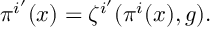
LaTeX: \pi ^ { i ^ { \prime } } ( x ) = \zeta ^ { i ^ { \prime } } ( \pi ^ { i } ( x ) , g ) .